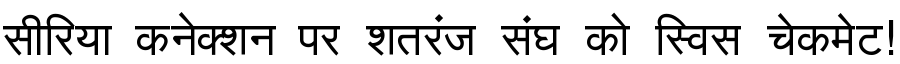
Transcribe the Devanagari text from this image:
सीरिया कनेक्शन पर शतरंज संघ को स्विस चेकमेट!